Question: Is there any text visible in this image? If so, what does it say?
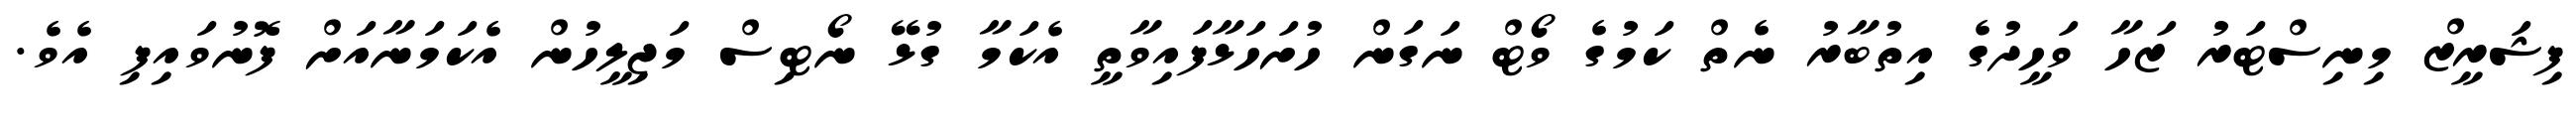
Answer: ފިޝަރީޒް މިނިސްޓަރު ޒަހާ ވަހީދުގެ އިތުބާރު ނެތް ކަމުގެ ވޯޓް ނަގަން ހުށަހަޅާފައިވާތީ އެކަމާ ގުޅޭ ނޯޓިސް މަޖިލީހުން އެކަމަނާއަށް ފޮނުވައިފި އެވެ.